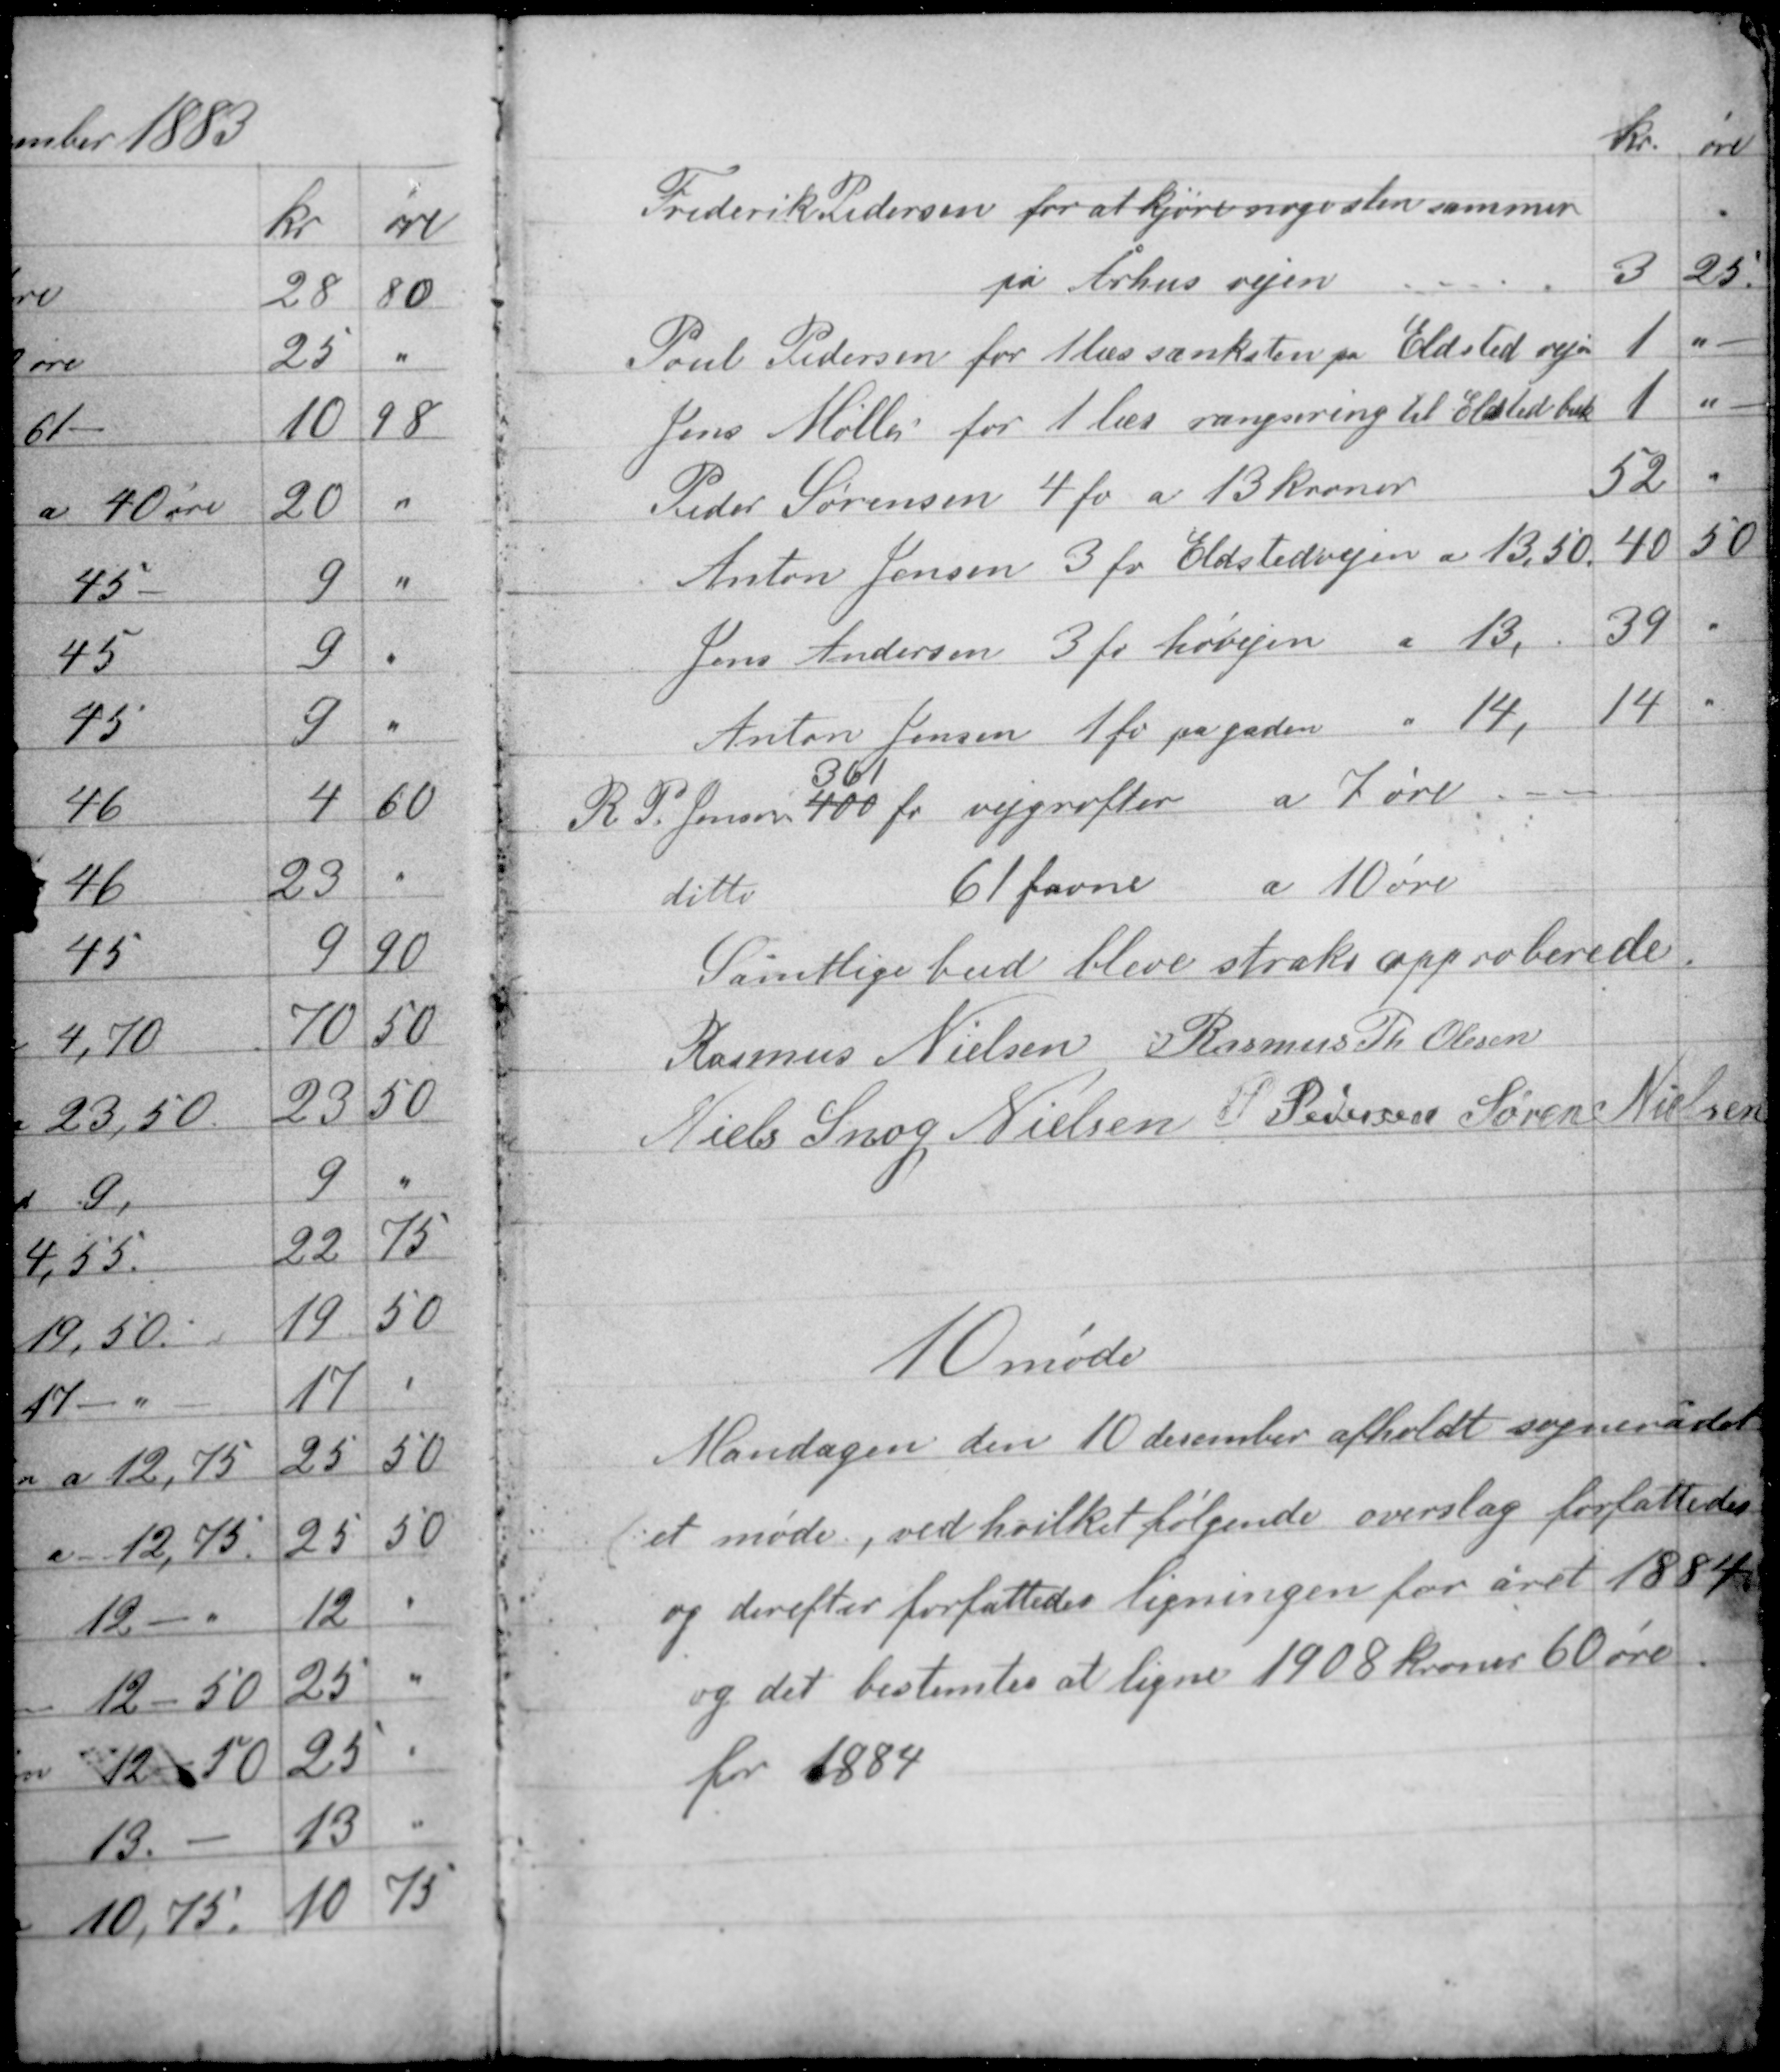
Transskription:
Samtlige bud bleve straks approberede.
Rasmus Nielsen Rasmus Th Olesen
Niels Snog Nielsen P. Pedersen Søren Nielsen

10 møde

Mandagen den 10 december afholdt sognerådet
et møde, ved hvilket følgende overslag forfattedes
og derefter forfattedes ligningen for året 1884
og det bestemtes at ligne 1908 kroner 60 øre
for 1884